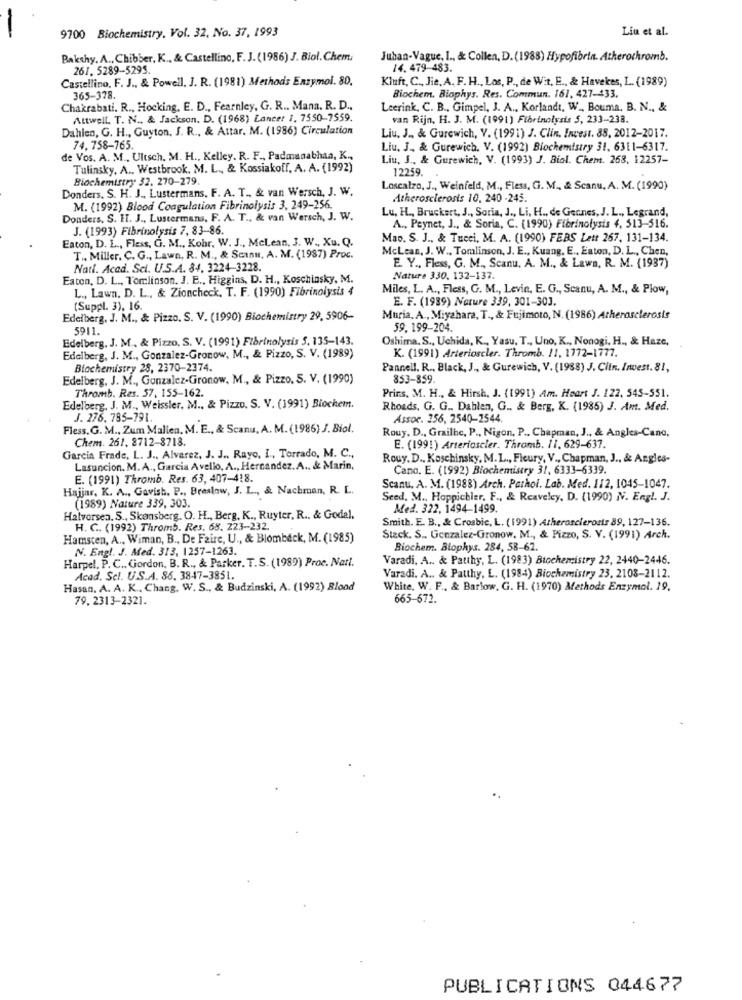
9700 Biochemistry, Vol. 32. No. 37, 1993
Liu et al.
Bakshy. A ., Chibber, K ., & Castellino, F. J. (1986) J. Biol. Chem.
Juhan-Vague, I ., & Collen, D. (1988) Hypofibrin. Atherochromb.
261. 5289-5295.
14. 479-483.
Castellino, F. J ., & Powell, J. R. (1981) Methods Enzymol. 80.
Kluft, C ., Jie, A, F. H ., Los, P ., de Wit, E ., & Havekes, L. (1989)
365-378.
Biochem, Biophys. Res. Commun. 161, 427-433.
Chakrabati. R ., Hocking, E. D ., Fearnley, G. R .. Mann. R. D .,
Leerink, C. B ., Gimpel, J. A ., Korlandı, W ., Bouma. B. N ., &
Attwell. T. N ., & Jackson. D. (1968) Lancer 1, 7550-7559.
van Rijn. H. J. M. (1991) Fibrinolysis 5, 233-238.
Dahlen, G. H ., Guyton, J. R ., & Attar. M. (1986) Circulation
Liu. J ., & Gurewich, V. (1991) J. Clin, Invest. 88, 2012-2017.
74, 758-765.
Liu, J ., & Gurewich. V. (1992) Biochemistry 31. 6311-6317.
de Vos. A. M ., Ultsch. M. H ., Kelley. R. F ., Padmanathan, K .,
Liu, J ., & Gurewich, V. (1993) J. Biol. Chem. 268, 12257-
Tulinsky, A ., Westbrook, M. L ., & Kossiakoff, A. A. (1992)
12259.
Biochemistry 32. 270-279.
Donders. S. H. J ., Lustermans, F. A. T ., & van Wersch, J. W.
Loscalzo, J ., Weinfeld, M ., Fless, G. M ., & Scanu, A. M. (1990)
Atherosclerosis 10, 240 -245.
M. (1992) Blood Coagulation Fibrinolysis 3, 249-256.
Lu, HL ., Bruckart, J ., Soria, J ., Li, H ., de Gernes. J. L ., Legrand,
Donders. S. H. J ., Lustermans, F. A. T ., & van Wersch, J. W.
J. (1993) Fibrinolysis 7, 83-86.
A ., Peynet, J ., & Soria, C. (1990) Fibrinolysis 4, 513-516.
Eaton, D. L ., Fless, G. M ., Kohr, W. J ., McLean, J. W ., Xu. Q.
Mao. S. J ., & Tucci, M. A. (1990) FEBS Lett 267. 131-134.
McLean, J. W ., Tomlinson, J. E ., Kuang, E ., Eaton, D. L ., Chen,
T ., Miller. C. G ., Lawn, R. M ., & Scanu, A. M. (1987) Proc.
Natl. Acad. Sci. U.S.A. 84. 3224-3228.
E. Y ., Fless, G. M ., Scanu, A. M ., & Lawn, R. M. (1937)
Eaton, D. L ., Tomlinson. J. E ., Higgins, D. H ., Koschinsky, M.
Nature 330. 132-137.
L ., Lawn. D. L ., & Zioncheck, T. F. (1990) Fibrinolysis 4
Miles, L. A ., Fless, G. M ., Levie, E. G ., Scanu, A. M ., & Plow,
E. F. (1989) Nature 339, 301-303.
(Suppl. 3), 16.
Edelberg, J. M ., & Pizzo. S. V. (1990) Biochemistry 29, 5906-
Muria. A ., Miyahara, T ., & Fujimoto, N. (1986) Atherosclerosis
5911.
59.199-204.
Edelberg, J. M ., & Pizzo, S. V. (1991) Fibrinolysis 5. 135-143.
Oshima. S ., Uchida, K ., Yasu, T ., Uno, K ., Nonogi. H ., & Haze,
Edelberg, J. M ., Gonzalez-Gronow, M ., & Pizzo, S. V. (1989)
K. (1991) Arterioscler. Thromb. 11, 1772-1777.
Biochemistry 28, 2370-2374.
Pannell. R ., Black, J ., & Gurewich, V. (1988) J. Clin. Invest. 81,
Edelberg. J. M ., Gonzalez-Gronow. M ., & Pizzo, S. V. (1990)
853-859.
Thromb. Res. 57, 155-162.
Prins, M. H ., & Hirsh, J. (1991) Am. Heart J. 122, 545-551.
Edelberg, J. M ., Weissler, M ., & Pizzo. S. V. (1991) Biochem.
Rhoads. G. G ., Dahlen, G .. & Berg, K. (1985) J. Am. Med.
J. 276. 795-791.
Assoc. 256, 2540-2544.
Fless. G. M ., Zum Mallen. M. E ., & Scanu, A. M. (1986) J. Biol.
Rouy. D ., Grailhe, P ., Nigon, P ., Chapman, J ., & Angles-Cano,
Chem. 261. 8712-8718.
E. (199!) Arterioscler. Thramb. 11. 629-637.
Garcia Frade, L. J ., Alvarez, J. J .. Rayo, I ., Torrado, M. C .,
Rouy. D ., Koschinsky, M. L ., Fleury, V ., Chapman, J ., & Angles-
Lasuncion. M.A ., Garcia Avello, A ., Hernandez. A ., & Marin,
Cana. E. (1992) Biochemistry 31, 6333-6339.
E. (1991) Thromb. Res. 63, 407-418.
Scanu, A. M. (1988) Arch. Pathol. Lab. Med. 112, 1045-1047.
Hajjar, K. A ., Gavish. P ., Breslow, J. L ., & Nachman, R. L.
Seed, M ., Hoppichler, F ., & Reaveley, D. (1990) N. Engl. J.
(1989) Nature 339, 303.
Med. 322, 1494-1499.
Halvorsen. S ., Skønsberg. O. H ., Berg, K ., Ruyter, R .. & Godal.
Smith. E. B ., & Crosbic, L. (1991) Atherosclerosis 89, 127-136.
H. C. (1992) Thromb. Res. 68. 223-232.
Hamscen, A ., Wiman, B ., De Faire, U ., & Blombeck, M. (1985)
Stack. S .. Gonzalez-Gronow. M ., & Pizzo, S. V. (1991) Arch.
N. Engl. J. Med. 313, 1257-1263.
Biochem. Blophys. 284, 58-62.
Harpel. P. C ., Gordon, B. R ., & Parker. T.S. (1989) Proc. Nart.
Varadi, A .. & Pauthy, L. (1983) Biochemistry 22, 2440-2446.
Acad. Sel. U.S.A. 86. 3847-3851.
Varadi. A .. & Patthy, L. (1984) Biochemistry 23. 2108-2112.
Hasan. A. A. K ., Chang, W. S ., & Budzinski, A. (1992) Blood
White, W. F ., & Barlow. G. H. (1970) Methods Enzymal. 19.
79, 2313-2321.
665-672.
PUBLICATIONS 044677